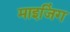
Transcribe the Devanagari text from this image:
माइजिंग